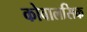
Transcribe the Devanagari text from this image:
कोवालसिक